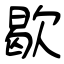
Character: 歇